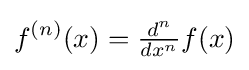
f^{(n)}(x)={\tfrac {d^{n}}{dx^{n}}}f(x)